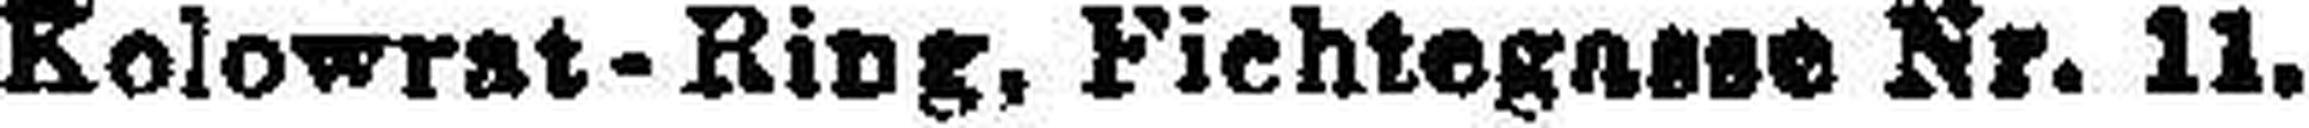
Kolowrat-Ring, Fichtegasse Nr. 11.